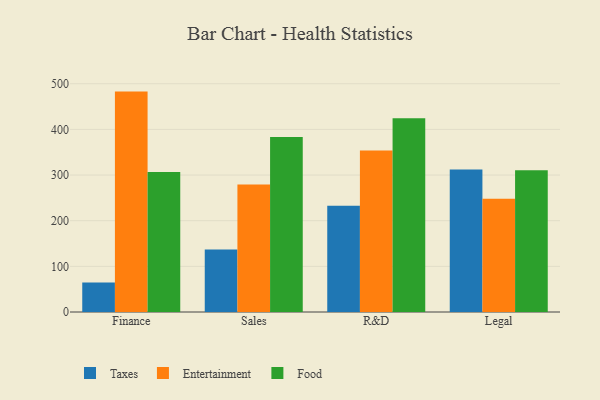
{"axis": {"x": "Department", "y": "Humidity (%)"}, "legend": ["Entertainment", "Food", "Taxes"], "data": [{"x": "Finance", "y": 64.7, "type": "Taxes"}, {"x": "Finance", "y": 482.8, "type": "Entertainment"}, {"x": "Finance", "y": 306.7, "type": "Food"}, {"x": "Sales", "y": 137.1, "type": "Taxes"}, {"x": "Sales", "y": 279.4, "type": "Entertainment"}, {"x": "Sales", "y": 383.5, "type": "Food"}, {"x": "R&D", "y": 232.7, "type": "Taxes"}, {"x": "R&D", "y": 353.9, "type": "Entertainment"}, {"x": "R&D", "y": 424.4, "type": "Food"}, {"x": "Legal", "y": 312.3, "type": "Taxes"}, {"x": "Legal", "y": 248.2, "type": "Entertainment"}, {"x": "Legal", "y": 310.5, "type": "Food"}]}